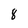
Character: 8